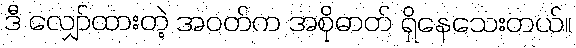
ဒီ လျှော်ထားတဲ့ အဝတ်က အစိုဓာတ် ရှိနေသေးတယ်။